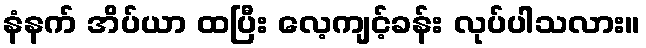
နံနက် အိပ်ယာ ထပြီး လေ့ကျင့်ခန်း လုပ်ပါသလား။